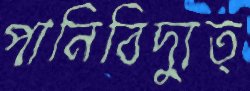
পানিবিদ্যুত্